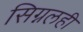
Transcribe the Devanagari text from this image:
सिग्नलही